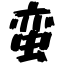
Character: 蛮